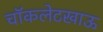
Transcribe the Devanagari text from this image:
चॉकलेटखाऊ